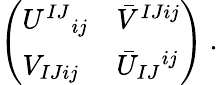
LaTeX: \left(\begin{array}{ll}{{U^{IJ}{}_{ij}}}&{{\bar{V}^{IJij}}}\\ {{V_{IJij}}}&{{\bar{U}_{IJ}{}^{ij}}}\end{array}\right)\ .